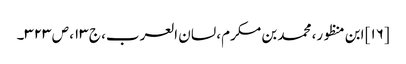
[۱۶] ابن منظور، محمد بن مکرم، لسان العرب، ج ۱۳، ص ۳۲۳۔